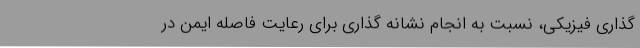
گذاری فیزیکی، نسبت به انجام نشانه گذاری برای رعایت فاصله ایمن در